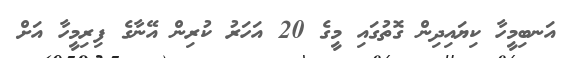
އަނބިމީހާ ކިޔައިދިން ގޮތުގައި މީގެ 20 އަހަރު ކުރިން އޭނާގެ ފިރިމީހާ އަށް